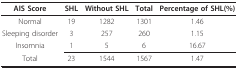
<table><thead><tr><td><b>AIS Score</b></td><td><b>SHL</b></td><td><b>Without SHL</b></td><td><b>Total</b></td><td><b>Percentage of SHL(%)</b></td></tr></thead><tbody><tr><td>Normal</td><td>19</td><td>1282</td><td>1301</td><td>1.46</td></tr><tr><td>Sleeping disorder</td><td>3</td><td>257</td><td>260</td><td>1.15</td></tr><tr><td>Insomnia</td><td>1</td><td>5</td><td>6</td><td>16.67</td></tr><tr><td>Total</td><td>23</td><td>1544</td><td>1567</td><td>1.47</td></tr></tbody></table>